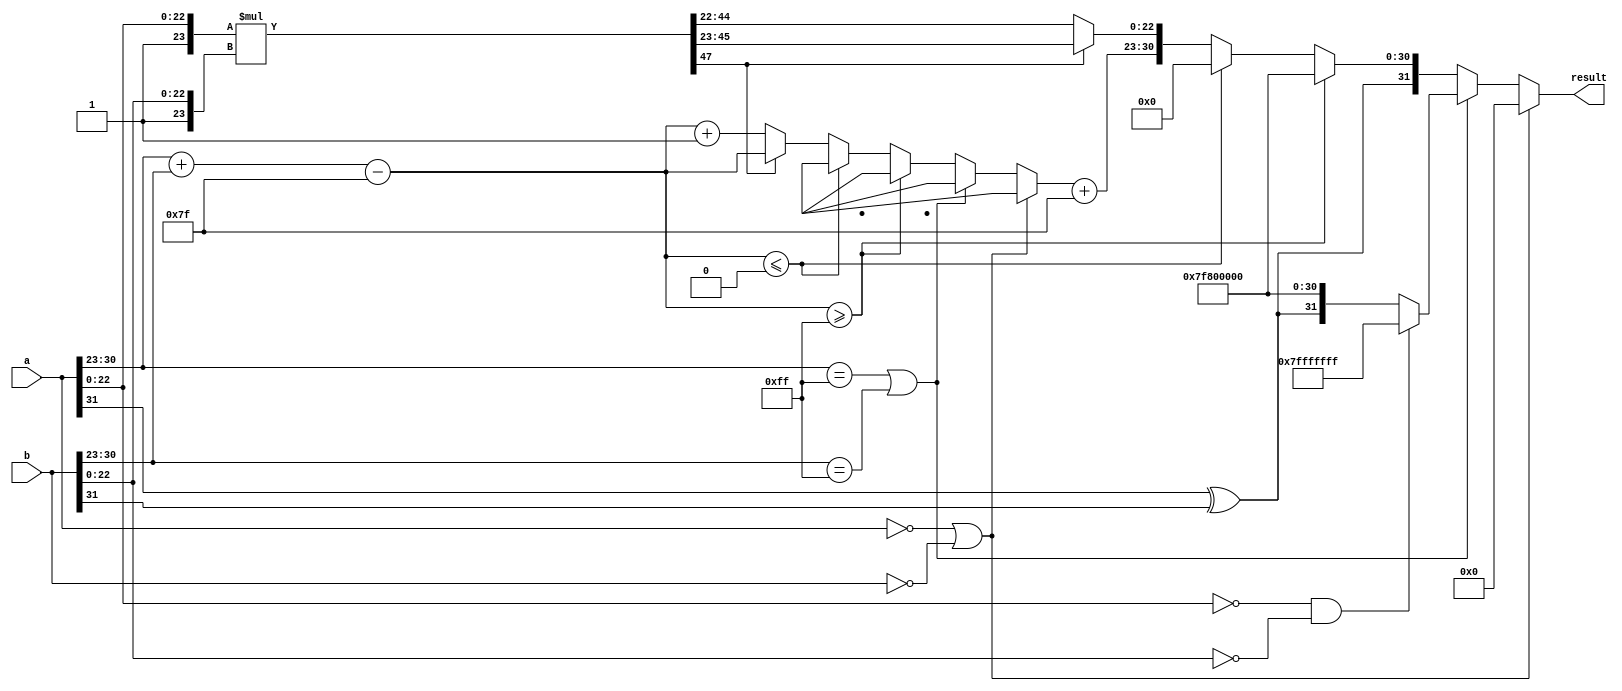
module floating_point_multiplier (
    input  wire [31:0] a,        // First floating-point number
    input  wire [31:0] b,        // Second floating-point number
    output reg  [31:0] result     // Product of the two floating-point numbers
);

    // Internal signals
    wire sign_a = a[31];
    wire sign_b = b[31];
    wire [7:0] exponent_a = a[30:23];
    wire [7:0] exponent_b = b[30:23];
    wire [23:0] mantissa_a = {1'b1, a[22:0]}; // Normalize mantissa
    wire [23:0] mantissa_b = {1'b1, b[22:0]}; // Normalize mantissa
    
    wire [47:0] mantissa_product = mantissa_a * mantissa_b; // 47-bit product
    reg [7:0] exponent_result;
    reg [23:0] normalized_mantissa;
    reg sign_result;

    always @(*) begin
        // Default assignments
        sign_result = sign_a ^ sign_b; // XOR for sign of the result
        exponent_result = exponent_a + exponent_b - 8'd127; // Adjust exponent by bias

        // Handle special cases: zero, infinity, NaN
        if (a == 32'b0 || b == 32'b0) begin
            result = 32'b0; // If either input is zero, result is zero
        end else if (exponent_a == 8'hFF || exponent_b == 8'hFF) begin
            // At least one input is infinity
            if (mantissa_a[22:0] == 23'b0 && mantissa_b[22:0] == 23'b0) begin
                result = 32'h7FFFFFFF; // NaN
            end else begin
                result = {sign_result, 8'hFF, 23'b0}; // Result is infinity
            end
        end else if (exponent_result >= 8'hFF) begin
            // Overflow case
            result = {sign_result, 8'hFF, 23'b0}; // Result is infinity
        end else if (exponent_result <= 0) begin
            // Underflow case
            result = {sign_result, 8'b0, 23'b0}; // Result is zero
        end else begin
            // Normalization of mantissa
            if (mantissa_product[47]) begin
                // If the leading bit is 1, no shift is needed
                normalized_mantissa = mantissa_product[46:23]; // Keep 23 bits
            end else begin
                // Shift right until the leading bit becomes 1
                normalized_mantissa = mantissa_product[45:22]; // Shift right by 1
                exponent_result = exponent_result + 1; // Increment exponent
            end

            // Assemble the final result
            result = {sign_result, exponent_result + 8'd127, normalized_mantissa[22:0]};
        end
    end
endmodule